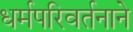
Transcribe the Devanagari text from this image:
धर्मपरिवर्तनाने